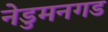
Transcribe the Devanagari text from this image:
नेडुमनगड